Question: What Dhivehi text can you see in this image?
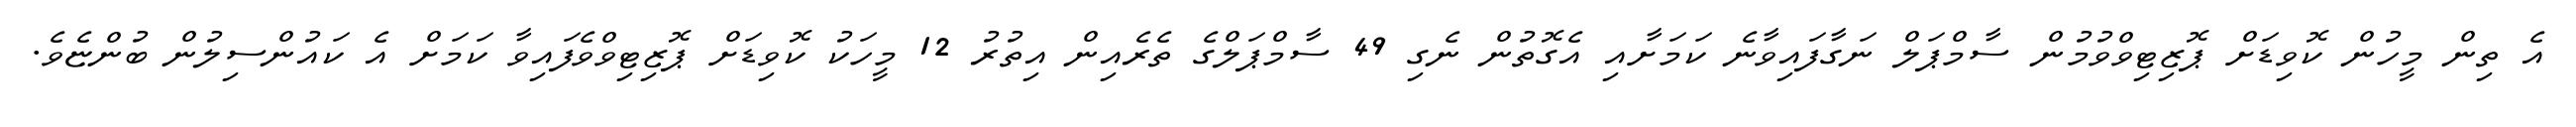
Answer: އެ ތިން މީހުން ކޮވިޑަށް ޕޮޒިޓިވްވުމުން ސާމްޕަލް ނަގާފައިވާނެ ކަމަށާއި އެގޮތުން ނެގި 49 ސާމްޕަލްގެ ތެރެއިން އިތުރު 12 މީހަކު ކޮވިޑަށް ޕޮޒިޓިވްވެފައިވާ ކަމަށް އެ ކައުންސިލުން ބުންޏެވެ.